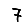
Digit: 7